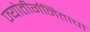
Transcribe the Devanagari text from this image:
ज्योतीर्गनिताचा